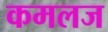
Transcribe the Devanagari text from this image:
कमलज